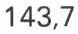
143,7